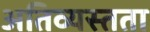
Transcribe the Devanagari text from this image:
अतिव्यस्तता